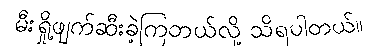
မီးရှို့ဖျက်ဆီးခဲ့ကြတယ်လို့ သိရပါတယ်။